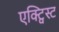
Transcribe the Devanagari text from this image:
एक्ट्विस्ट